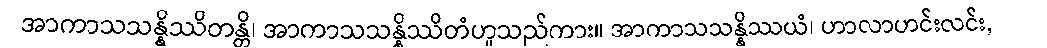
အာကာသသန္နိဿိတန္တိ၊ အာကာသသန္နိဿိတံဟူသည်ကား။ အာကာသသန္နိဿယံ၊ ဟာလာဟင်းလင်း,